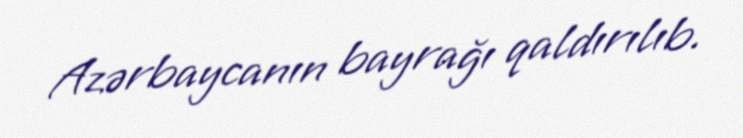
Azərbaycanın bayrağı qaldırılıb.